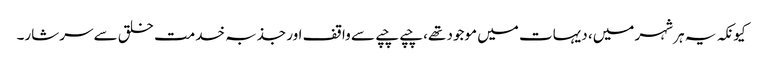
کیونکہ یہ ہر شہر میں، دیہات میں موجود تھے، چپے چپے سے واقف اور جذبہ خدمت خلق سے سرشار۔